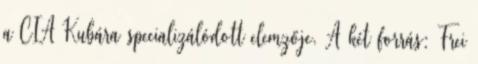
a CIA Kubára specializálódott elemzője. A két forrás: Frei